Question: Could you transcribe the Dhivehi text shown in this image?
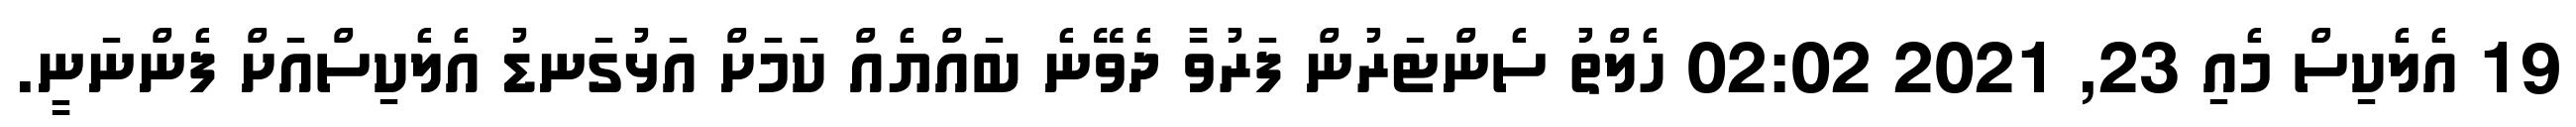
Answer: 19 އެލެކިސް މެއި 23, 2021 02:02 ހެލްތު ސެންޓަރުން ފަރުވާ ދެވޭނެ ބައްޔެއް ކަމަށް އަޅުގަނޑު އެލެކިސްއަށް ފެންނަނީ.